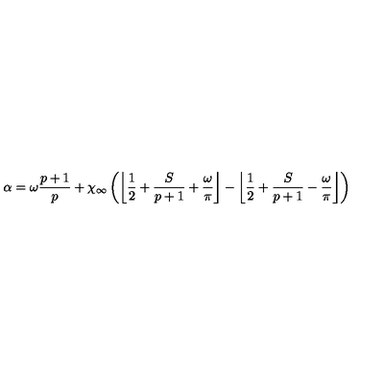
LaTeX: \alpha = \omega \displaystyle \frac { p + 1 } { p } + \chi _ { \infty } \left( \left\lfloor \displaystyle \frac { 1 } { 2 } + \displaystyle \frac { S } { p + 1 } + \displaystyle \frac { \omega } { \pi } \right\rfloor - \left\lfloor \displaystyle \frac { 1 } { 2 } + \displaystyle \frac { S } { p + 1 } - \displaystyle \frac { \omega } { \pi } \right\rfloor \right)